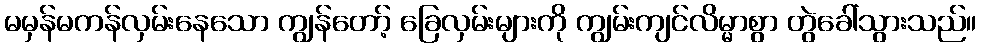
မမှန်မကန်လှမ်းနေသော ကျွန်တော့် ခြေလှမ်းများကို ကျွမ်းကျင်လိမ္မာစွာ တွဲခေါ်သွားသည်။